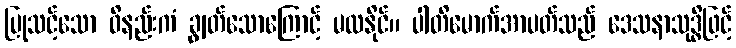
ပြုသင့်သော ဝိနည်းကံ ချွတ်သောကြောင့် မထနိုင်။ ပါတိမောက်အာပတ်သည် ဒေသနာသုဒ္ဓိဖြင့်